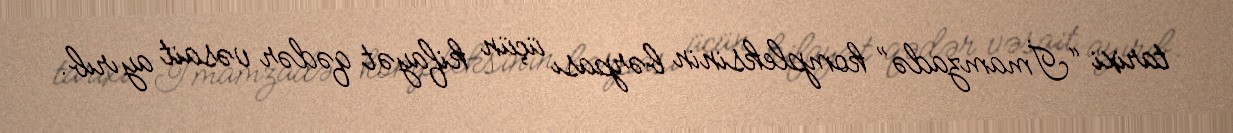
tarixi “İmamzadə” kompleksinin bərpası üçün kifayət qədər vəsait ayırıb.